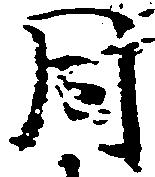
同